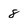
Character: 8